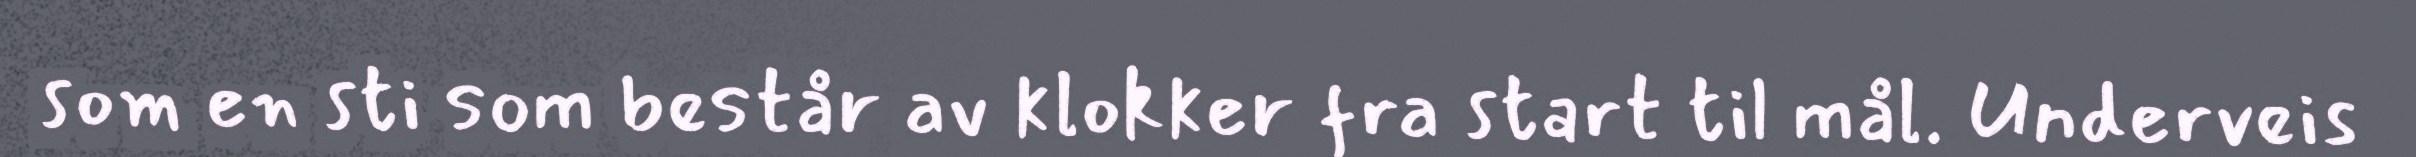
som en sti som består av klokker fra start til mål. Underveis